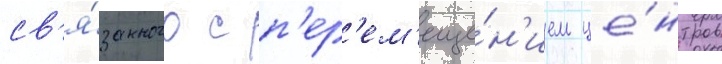
св'я́занного с п'ер'ем'еще́н'ием це́нтров